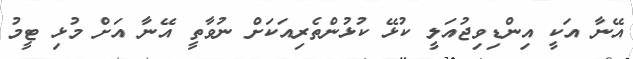
އޭނާ އަކީ އިންޑިވިޖުއަލީ ކުޅޭ ކުޅުންތެރިއަކަށް ނުވާތީ އޭނާ އަށް މުޅި ޓީމު